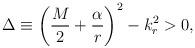
LaTeX: \begin{align*}\Delta \equiv \left(\frac{M}{2} + \frac{\alpha}{r}\right)^2 - k_r^2 > 0,\end{align*}